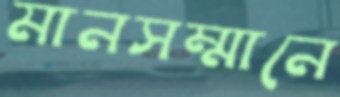
মানসম্মানে